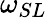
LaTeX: \omega_{SL}